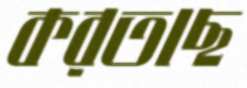
করতাছ